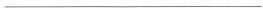
___